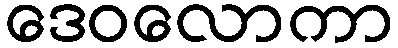
ဒေဝလောကာ